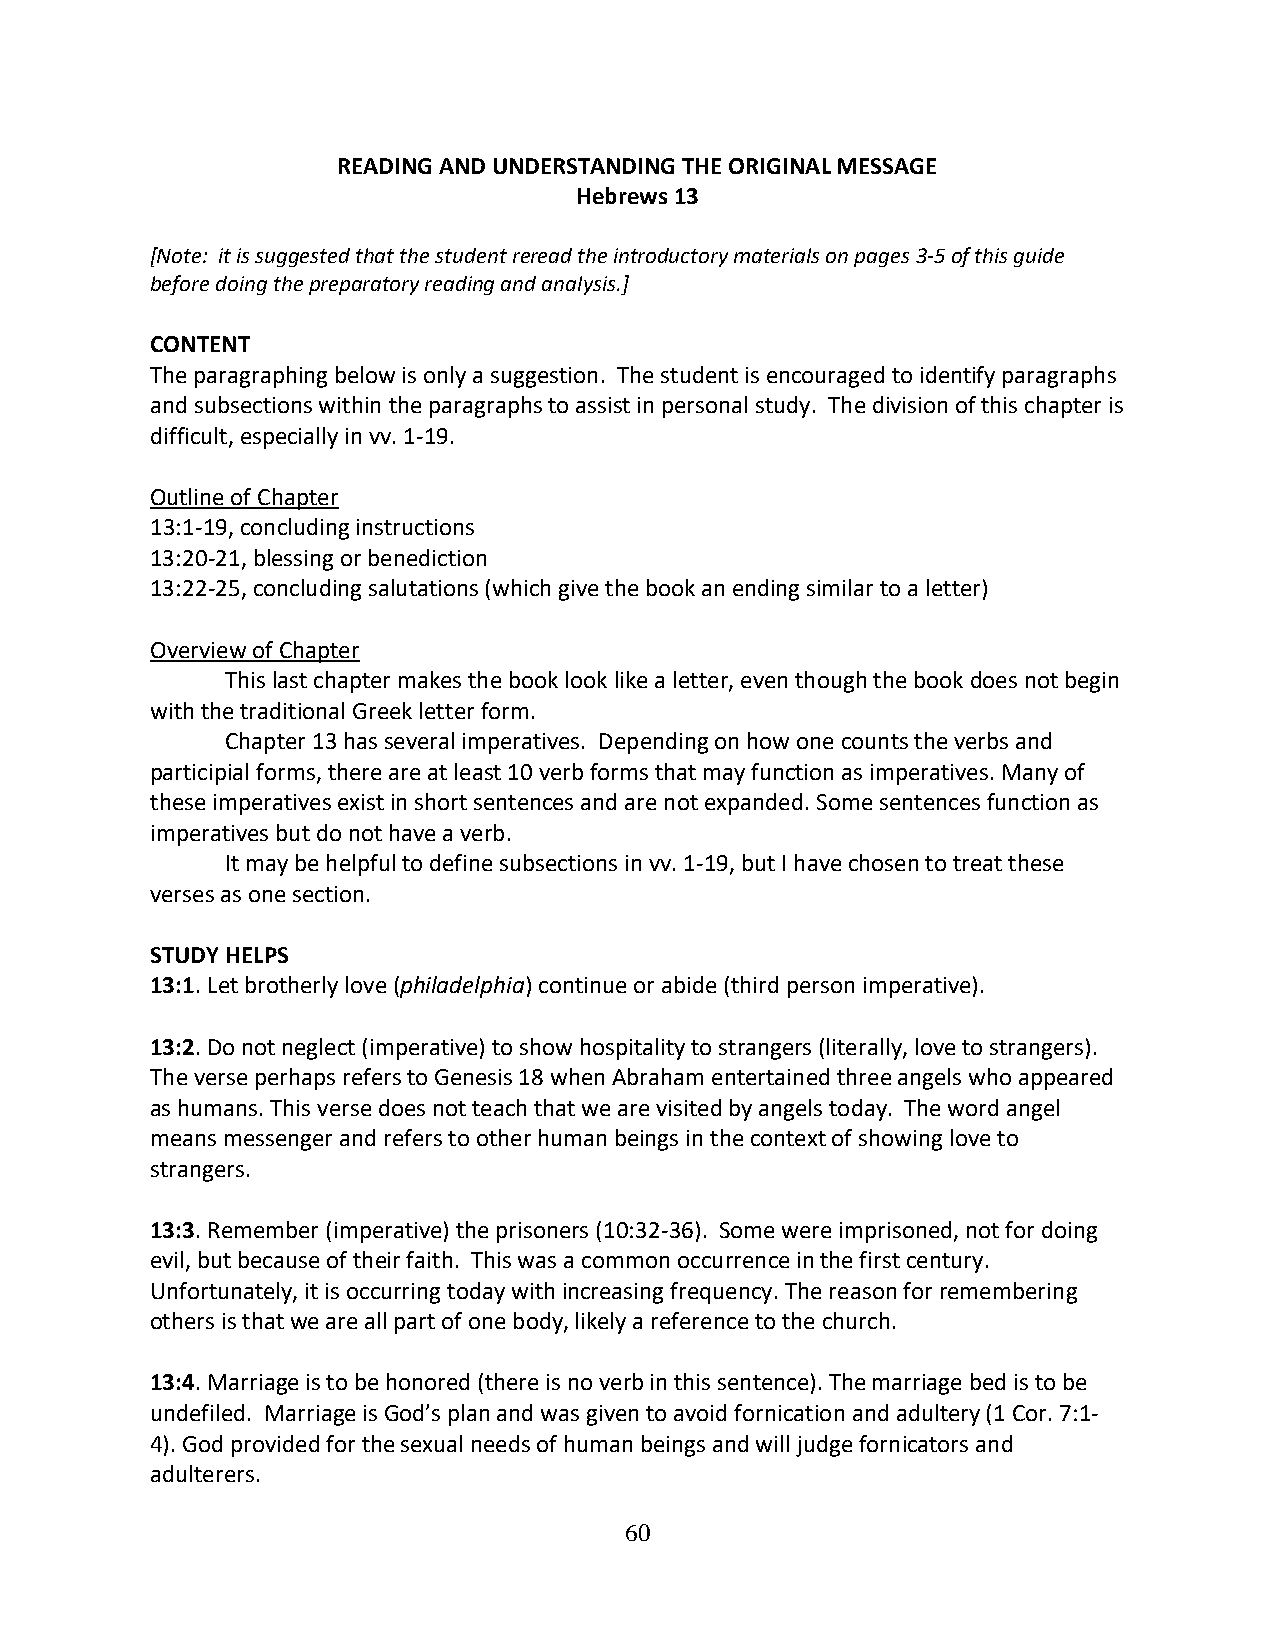
READING AND UNDERSTANDING THE ORIGINAL MESSAGE
 Hebrews 13
 [Note: it is suggested that the student reread the introductory materials on pages 3-5 of this guide
 before doing the preparatory reading and analysis.]
 CONTENT
 The paragraphing below is only a suggestion. The student is encouraged to identify paragraphs
 and subsections within the paragraphs to assist in personal study. The division of this chapter is
 difficult, especially in vv. 1-19.
 Outline of Chapter
 13:1-19, concluding instructions
 13:20-21, blessing or benediction
 13:22-25, concluding salutations (which give the book an ending similar to a letter)
 Overview of Chapter
 This last chapter makes the book look like a letter, even though the book does not begin
 with the traditional Greek letter form.
 Chapter 13 has several imperatives. Depending on how one counts the verbs and
 participial forms, there are at least 10 verb forms that may function as imperatives. Many of
 these imperatives exist in short sentences and are not expanded. Some sentences function as
 imperatives but do not have a verb.
 It may be helpful to define subsections in vv. 1-19, but I have chosen to treat these
 verses as one section.
 STUDY HELPS
 13:1. Let brotherly love (philadelphia) continue or abide (third person imperative).
 13:2. Do not neglect (imperative) to show hospitality to strangers (literally, love to strangers).
 The verse perhaps refers to Genesis 18 when Abraham entertained three angels who appeared
 as humans. This verse does not teach that we are visited by angels today. The word angel
 means messenger and refers to other human beings in the context of showing love to
 strangers.
 13:3. Remember (imperative) the prisoners (10:32-36). Some were imprisoned, not for doing
 evil, but because of their faith. This was a common occurrence in the first century.
 Unfortunately, it is occurring today with increasing frequency. The reason for remembering
 others is that we are all part of one body, likely a reference to the church.
 13:4. Marriage is to be honored (there is no verb in this sentence). The marriage bed is to be
 undefiled. Marriage is God’s plan and was given to avoid fornication and adultery (1 Cor. 7:1-
 4). God provided for the sexual needs of human beings and will judge fornicators and
 adulterers.
 60